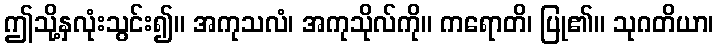
ဤသို့နှလုံးသွင်း၍။ အကုသလံ၊ အကုသိုလ်ကို။ ကရောတိ၊ ပြု၏။ သုဂတိယာ၊